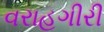
વરાહગીરી